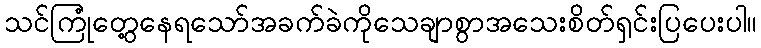
သင်ကြုံတွေ့နေရသော်အခက်ခဲကိုသေချာစွာအသေးစိတ်ရှင်းပြပေးပါ။